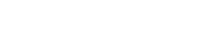
ဥပဒေကြမ်းကော်မတီ၏